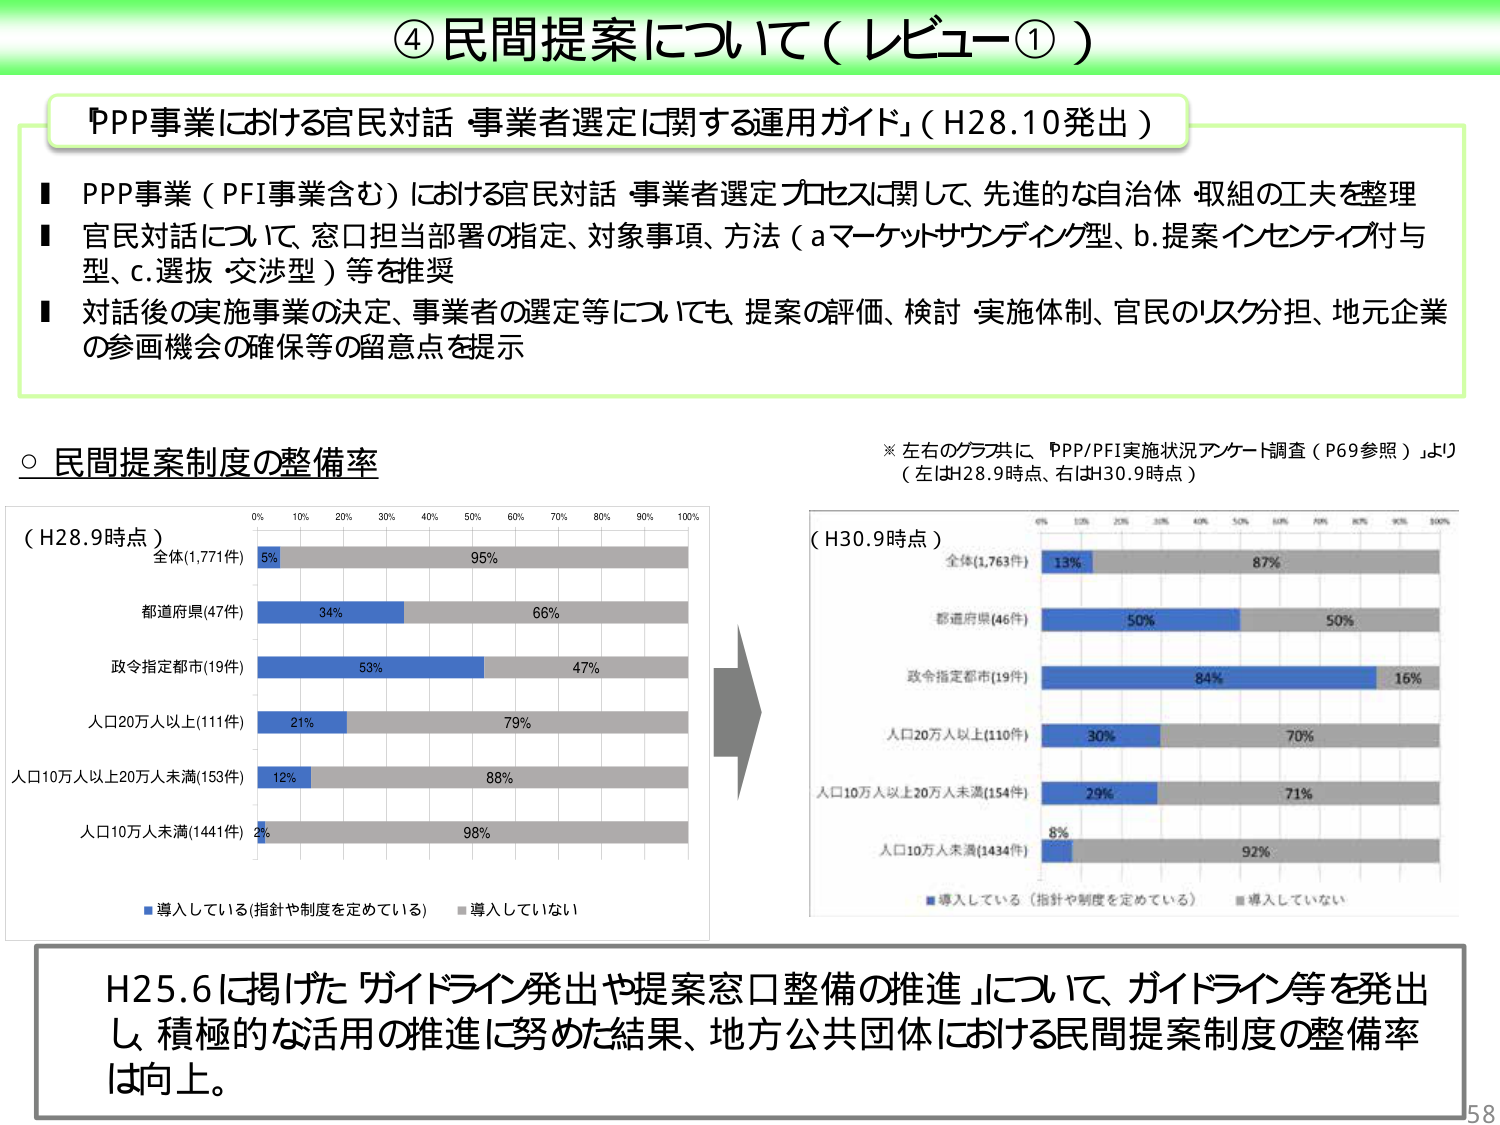
④ 民間提案について（レビュー①）

「PPP事業における官民対話 事業者選定に関する運用ガイド」（H28.10発出）

■ PPP事業（PFI事業含む）における官民対話・事業者選定プロセスに関して、先進的な自治体・取組の工夫を整理
■ 官民対話について、窓口担当部署の指定、対象事項、方法（a.マーケットサウンディング型、b.提案インセンティブ付与型、c.選抜・交渉型）等を推奨
■ 対話後の実施事業の決定、事業者の選定等についても、提案の評価、検討・実施体制、官民のリスク分担、地元企業の参画機会の確保等の留意点を提示

○ 民間提案制度の整備率

※ 左右のグラフ共に、PPP/PFI実施状況アンケート調査（P69参照）より
（左はH28.9時点、右はH30.9時点）

（H28.9時点）
全体(1,771件) 5% 95%
都道府県(47件) 34% 66%
政令指定都市(19件) 53% 47%
人口20万人以上(111件) 21% 79%
人口10万人以上20万人未満(153件) 12% 88%
人口10万人未満(1441件) 2% 98%

■導入している(指針や制度を定めている) ■導入していない

（H30.9時点）
全体(1,763件) 13% 87%
都道府県(46件) 50% 50%
政令指定都市(19件) 84% 16%
人口20万人以上(110件) 30% 70%
人口10万人以上20万人未満(154件) 29% 71%
人口10万人未満(1434件) 8% 92%

■導入している（指針や制度を定めている） ■導入していない

H25.6に掲げた「ガイドライン発出や提案窓口整備の推進」について、ガイドライン等を発出し、積極的な活用の推進に努めた結果、地方公共団体における民間提案制度の整備率は向上。

58